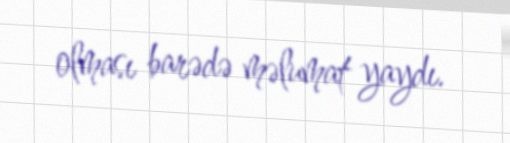
olması barədə məlumat yaydı.